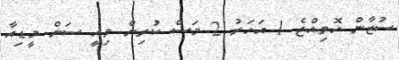
ސުޒާން ހޮވިއްޖެ 1 އަހަރު 2 މަސް ކުރިން މިއީ ސަން މީޑިއާ